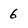
Character: 6